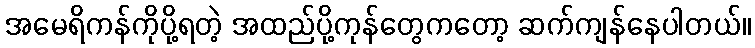
အမေရိကန်ကိုပို့ရတဲ့ အထည်ပို့ကုန်တွေကတော့ ဆက်ကျန်နေပါတယ်။